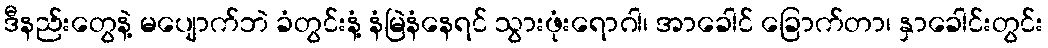
ဒီနည်းတွေနဲ့ မပျောက်ဘဲ ခံတွင်းနံ့ နံမြဲနံနေရင် သွားဖုံးရောဂါ၊ အာခေါင် ခြောက်တာ၊ နှာခေါင်းတွင်း